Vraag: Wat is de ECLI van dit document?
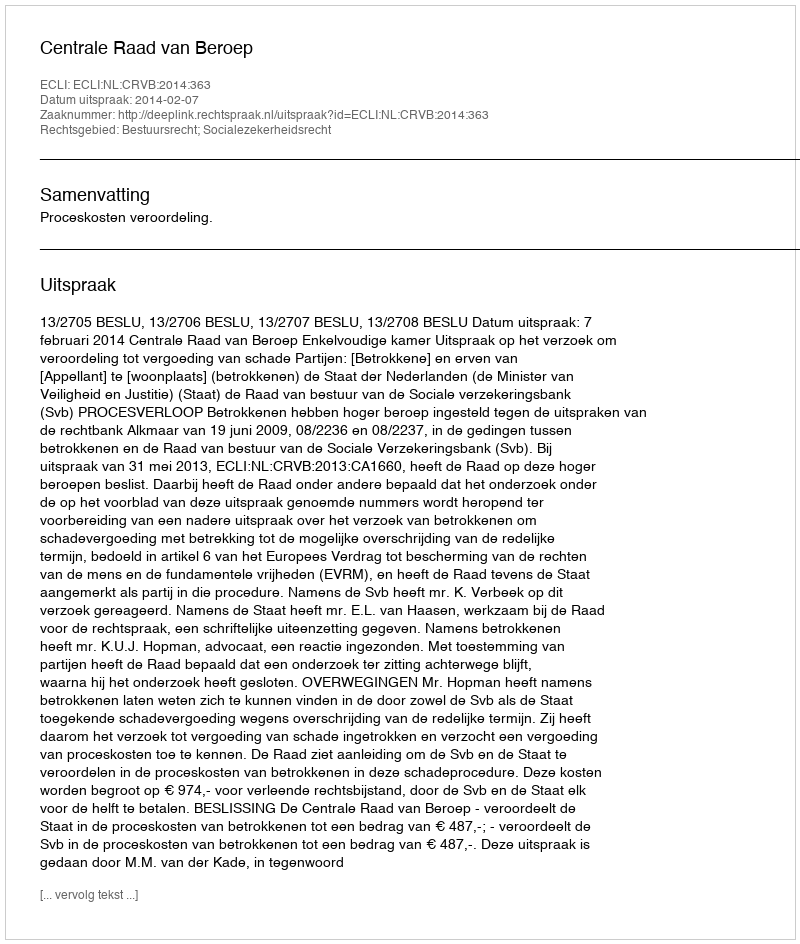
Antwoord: ECLI:NL:CRVB:2014:363